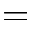
=